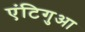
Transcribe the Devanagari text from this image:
एंटिगुआ